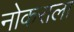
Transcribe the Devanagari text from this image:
नोकराला